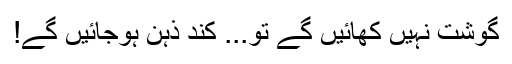
گوشت نہیں کھائیں گے تو... کند ذہن ہوجائیں گے!